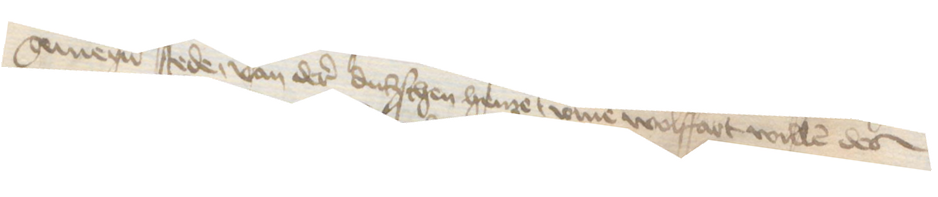
gemeyner stede, van der dudschen henze vmme wolffart willen des